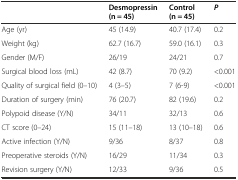
<table><thead><tr><td></td><td><b>Desmopressin (n = 45)</b></td><td><b>Control (n = 45)</b></td><td><b><i>P</i></b></td></tr></thead><tbody><tr><td>Age (yr)</td><td>45 (14.9)</td><td>40.7 (17.4)</td><td>0.2</td></tr><tr><td>Weight (kg)</td><td>62.7 (16.7)</td><td>59.0 (16.1)</td><td>0.3</td></tr><tr><td>Gender (M/F)</td><td>26/19</td><td>24/21</td><td>0.7</td></tr><tr><td>Surgical blood loss (mL)</td><td>42 (8.7)</td><td>70 (9.2)</td><td>&lt;0.001</td></tr><tr><td>Quality of surgical field (0–10)</td><td>4 (3–5)</td><td>7 (6-9)</td><td>&lt;0.001</td></tr><tr><td>Duration of surgery (min)</td><td>76 (20.7)</td><td>82 (19.6)</td><td>0.2</td></tr><tr><td>Polypoid disease (Y/N)</td><td>34/11</td><td>32/13</td><td>0.6</td></tr><tr><td>CT score (0–24)</td><td>15 (11–18)</td><td>13 (10–18)</td><td>0.6</td></tr><tr><td>Active infection (Y/N)</td><td>9/36</td><td>8/37</td><td>0.8</td></tr><tr><td>Preoperative steroids (Y/N)</td><td>16/29</td><td>11/34</td><td>0.3</td></tr><tr><td>Revision surgery (Y/N)</td><td>12/33</td><td>9/36</td><td>0.5</td></tr></tbody></table>